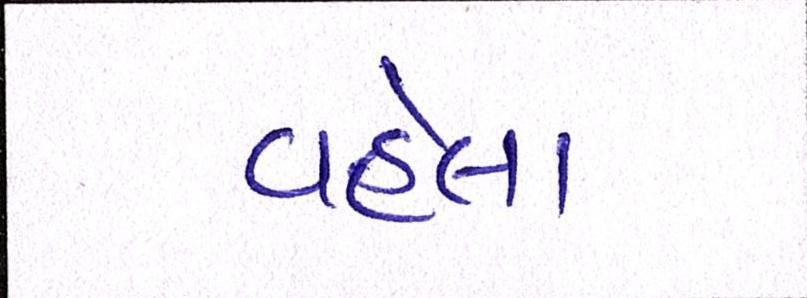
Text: વહેલા